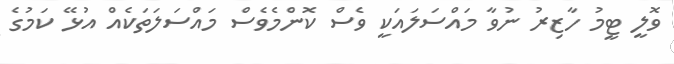
ވޮލީ ޓީމު ހާޒިރު ނުވާ މައްސަލައަކީ ވެސް ކޮންމެވެސް މައްސަލަތަކެއް އުޅޭ ކަމުގެ